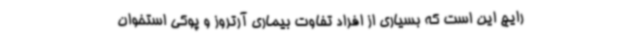
رایج این است که بسیاری از افراد تفاوت بیماری آرتروز و پوکی استخوان